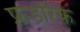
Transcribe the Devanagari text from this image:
फ्रडरिक